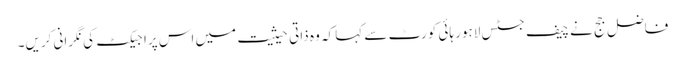
فاضل جج نے چیف جسٹس لاہور ہائی کورٹ سے کہا کہ وہ ذاتی حیثیت میں اس پراجیکٹ کی نگرانی کریں۔